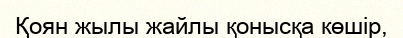
Қоян жылы жайлы қонысқа көшір,